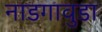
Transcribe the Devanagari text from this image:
नाडगावुडा